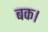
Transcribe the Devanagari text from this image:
बक।